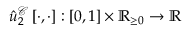
\hat { u } _ { 2 } ^ { \mathcal { C } } \left[ \cdot , \cdot \right] : \left[ 0 , 1 \right] \times \mathbb { R } _ { \ge 0 } \rightarrow \mathbb { R }